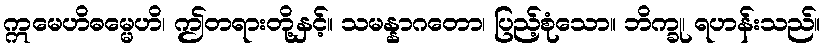
ဣမေဟိဓမ္မေဟိ၊ ဤတရားတို့နှင့်။ သမန္နာဂတော၊ ပြည့်စုံသော။ ဘိက္ခု၊ ရဟန်းသည်။